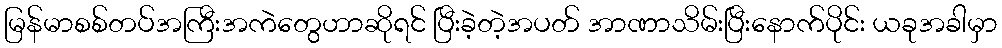
မြန်မာစစ်တပ်အကြီးအကဲတွေဟာဆိုရင် ပြီးခဲ့တဲ့အပတ် အာဏာသိမ်းပြီးနောက်ပိုင်း ယခုအခါမှာ